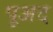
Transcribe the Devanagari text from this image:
पूअद